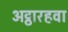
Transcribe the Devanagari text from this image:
अट्ठारहवा